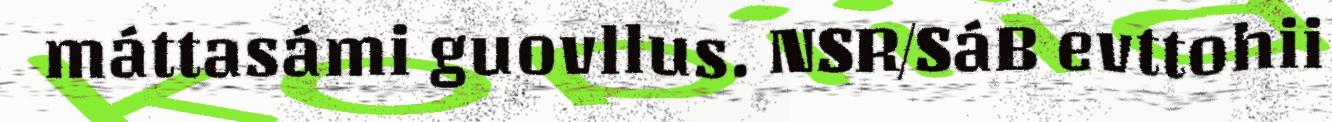
máttasámi guovllus. NSR/SáB evttohii